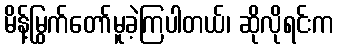
မိန့်မြွက်တော်မူခဲ့ကြပါတယ်၊ ဆိုလိုရင်းက